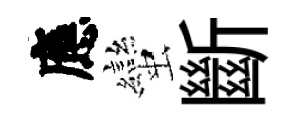
應蠻斷